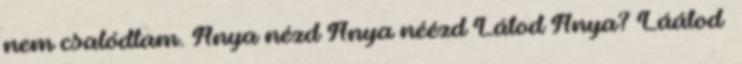
nem csalódtam. Anya nézd Anya néézd Látod Anya? Láátod